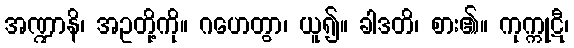
အဏ္ဍာနိ၊ အဥတို့ကို။ ဂဟေတွာ၊ ယူ၍။ ခါဒတိ၊ စား၏။ ကုက္ကုဋီ၊